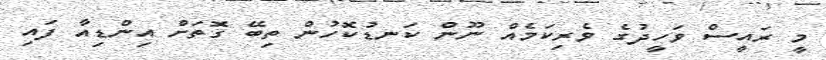
މީ ރައީސް ވަހީދުގެ ވެރިކަމެއް ނޫން ކަނޑުކޮހުން ތިބޭ ގޮތަށް އިންޑިއާ ފައި